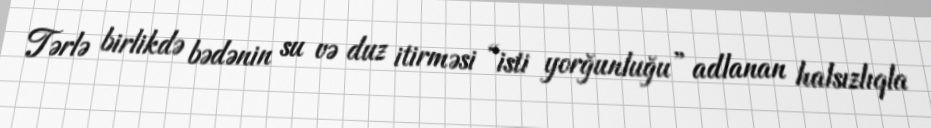
Tərlə birlikdə bədənin su və duz itirməsi “isti yorğunluğu” adlanan halsızlıqla